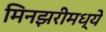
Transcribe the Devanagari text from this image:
मिनझरीमध्ये